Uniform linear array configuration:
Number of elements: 12
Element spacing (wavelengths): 1
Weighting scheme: uniform
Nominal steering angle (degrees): -15
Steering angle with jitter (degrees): -16.996
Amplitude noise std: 0.05
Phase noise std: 0.05

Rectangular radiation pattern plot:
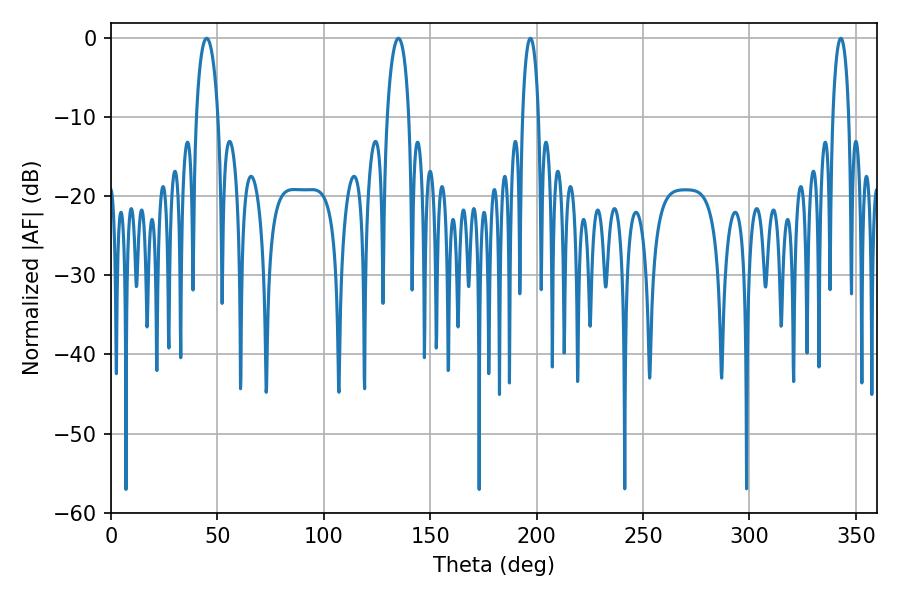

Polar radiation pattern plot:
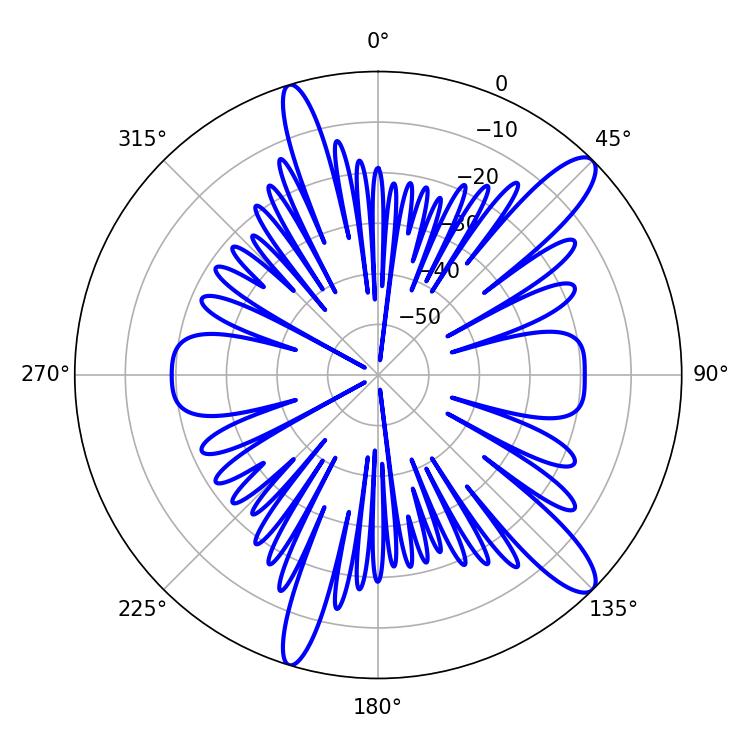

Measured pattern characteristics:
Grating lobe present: TRUE
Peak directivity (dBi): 12.498
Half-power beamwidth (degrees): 4.32
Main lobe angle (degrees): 197.1